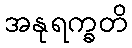
အနုရက္ခတိ